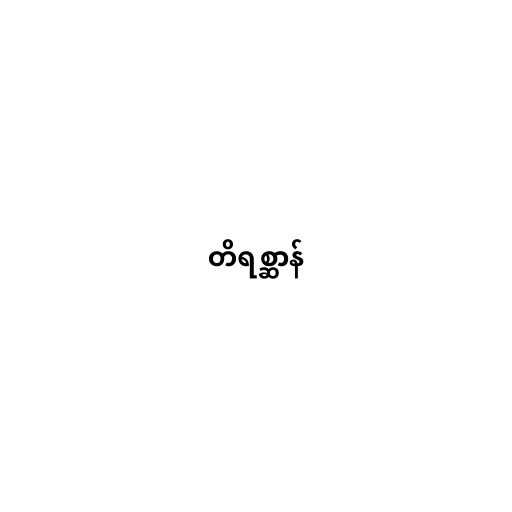
တိရစ္ဆာန်